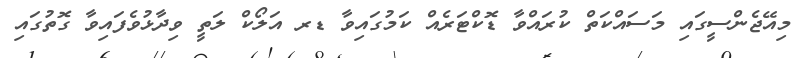
މިއޭޖެންސީގައި މަސައްކަތް ކުރައްވާ ޑޮކްޓަރެއް ކަމުގައިވާ ޑރ އަލޯކް ލަތީ ވިދާޅުވެފައިވާ ގޮތުގައި